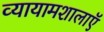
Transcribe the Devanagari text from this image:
व्यायामशालाऍ